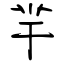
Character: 羋